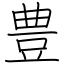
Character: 豊